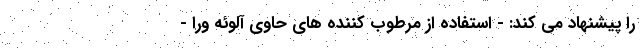
را پیشنهاد می کند: - استفاده از مرطوب کننده های حاوی آلوئه ورا -